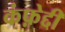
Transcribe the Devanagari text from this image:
कंफ़ेद्दी